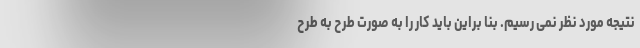
نتیجه مورد نظر نمی رسیم. بنا براین باید کار را به صورت طرح به طرح